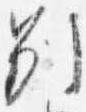
別